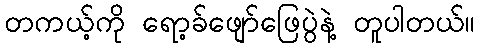
တကယ့်ကို ရော့ခ်ဖျော်ဖြေပွဲနဲ့ တူပါတယ်။